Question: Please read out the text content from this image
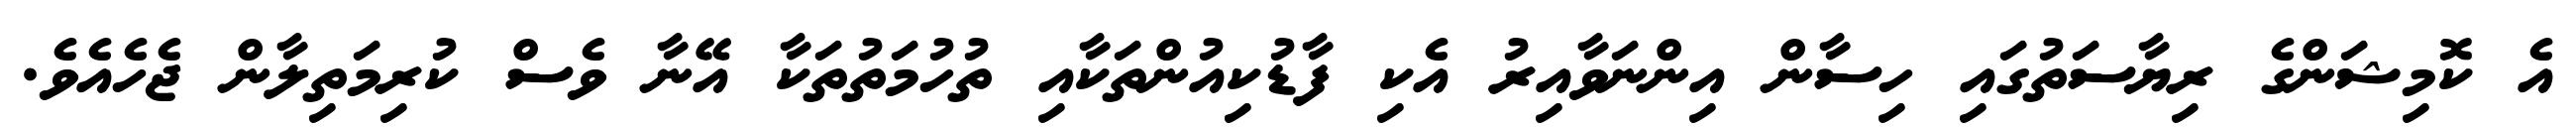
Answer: އެ ކޮމިޝަންގެ ރިޔާސަތުގައި ހިސާން އިންނަވާއިރު އެކި ފާޑުކިއުންތަކާއި ތުހުމަތުތަކާ އޭނާ ވެސް ކުރިމަތިލާން ޖެހެއެވެ.